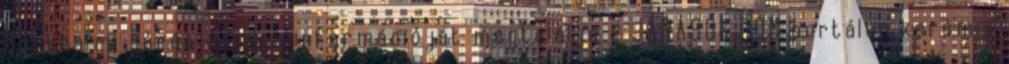
Mórahalmi járás minden információját megtalálja a JÁRÁSOK.COM portálon kerámia